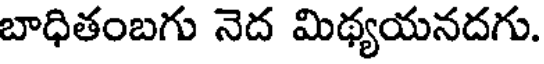
బాధితంబగు నెద మిథ్యయనదగు.